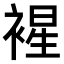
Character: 𧛟